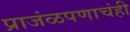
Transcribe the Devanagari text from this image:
प्राजंळपणाचंही